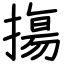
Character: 摥